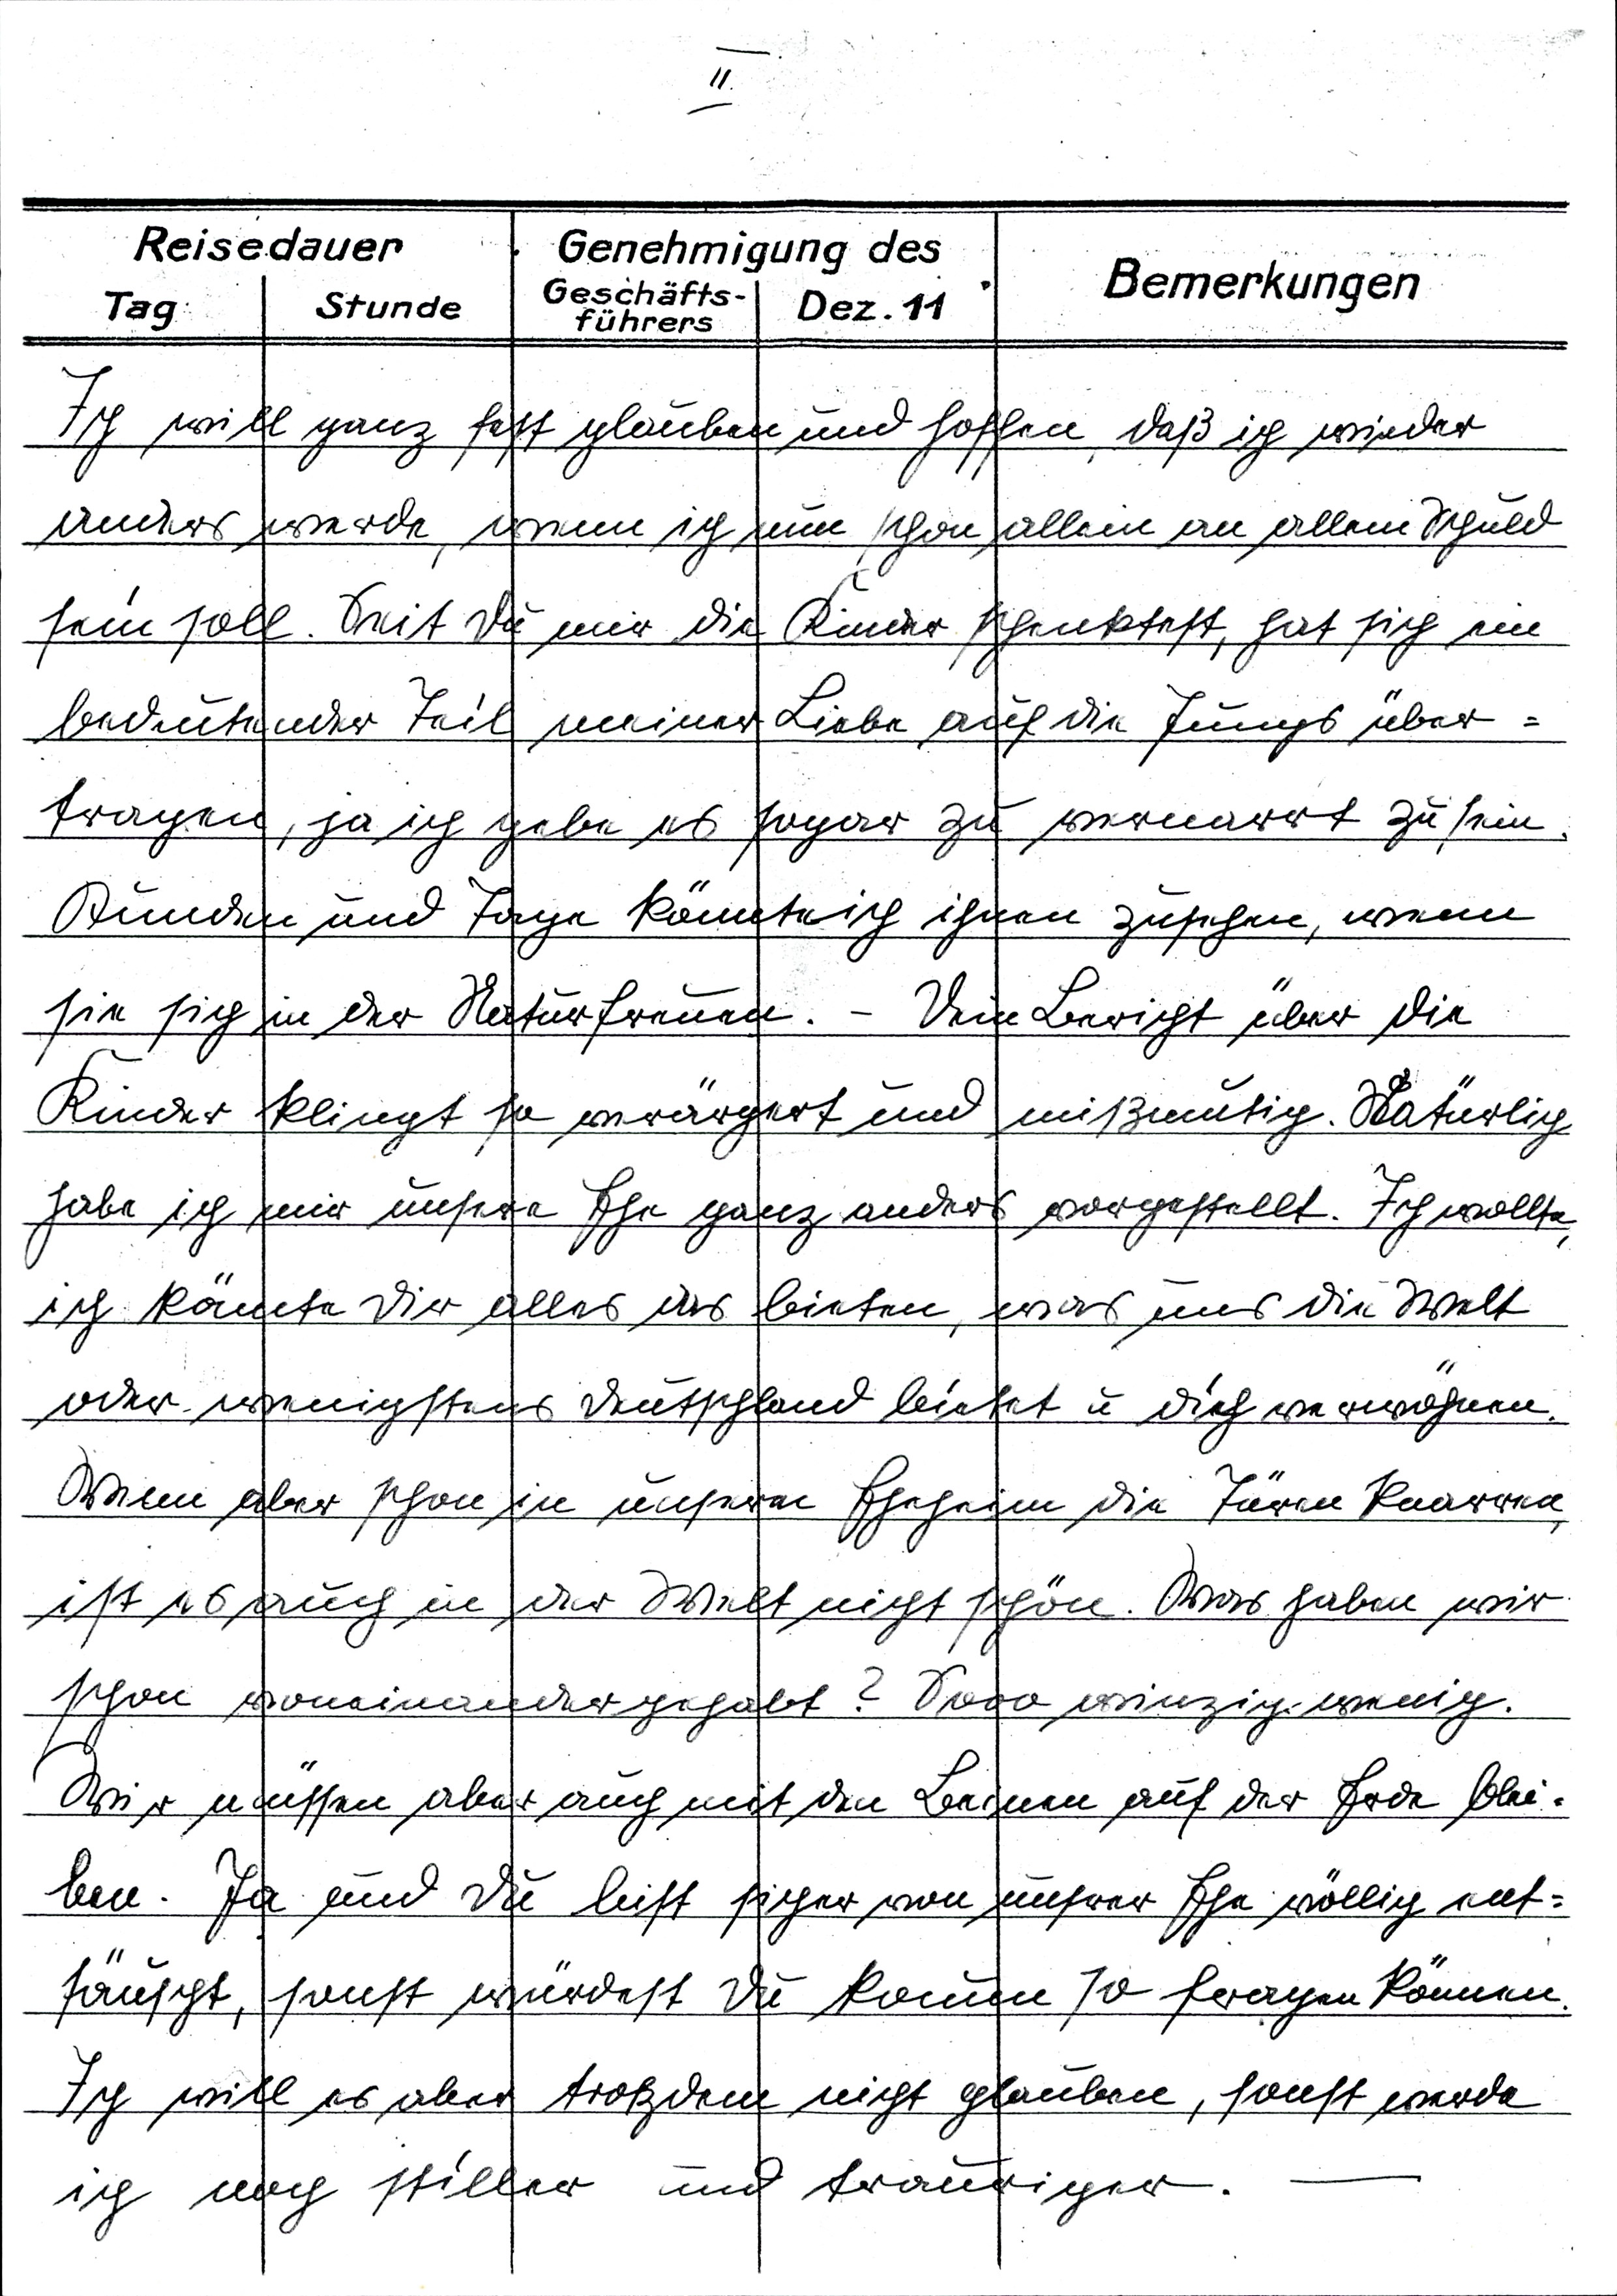
II

Ich will ganz fest glauben und hoffen, daß ich wieder
anders werde, wenn ich nun schon allein an allem Schuld
sein soll. Seit Du mir die Kinder schenktest, hat sich ein
bedeutender Teil meiner Liebe auf die Jungs über¬
tragen, ja ich gebe es sogar zu vernarrt zu sein.
Stunden und Tage könnte ich ihnen zusehen, wenn
sie sich in der Natur freuen. - Dein Bericht über die
Kinder klingt so verärgert und mißmutig. Natürlich
habe ich mir unsere Ehe ganz ander vorgestellt. Ich wollte
ich könnte Dir alles das bieten, was uns die Welt
oder wenigstens Deutschland bietet u Dich verwöhnen.
Wenn aber schon in unserm Eheheim die Türen knarren,
ist es auch in der Welt nicht schön. Was haben wir
schon voneinander gehabt? Sooo winzig wenig.
Wir müssen aber auch mit den Beinen auf der Erde blei¬
ben. Ja und Du bist sicher von unserer Ehe völlig ent¬
täuscht, sonst würdest Du kaum so fragen können.
Ich will es aber trotzdem nicht glauben, sonst werde
ich noch stiller und trauriger. -